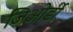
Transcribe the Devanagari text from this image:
जिओर्डी